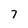
Character: 7